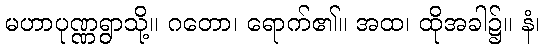
မဟာပုဏ္ဏရွာသို့။ ဂတော၊ ရောက်၏။ အထ၊ ထိုအခါ၌။ နံ၊